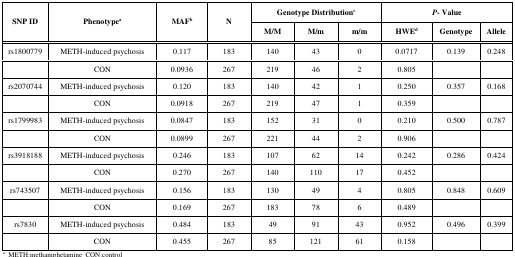
| <ROWSPAN=2> SNP ID | <ROWSPAN=2> Phenotypea | <ROWSPAN=2> MAFb | <ROWSPAN=2> N | <COLSPAN=3> Genotype Distributionc | <COLSPAN=3> P- Value |
 | M/M | M/m | m/m | HWEd | Genotype | Allele |
 | --- | --- | --- | --- | --- | --- | --- | --- | --- | --- |
 | rs1800779 | METH-induced psychosis | 0.117 | 183 | 140 | 43 | 0 | 0.0717 | 0.139 | 0.248 |
 |  | CON | 0.0936 | 267 | 219 | 46 | 2 | 0.805 |  |  |
 | rs2070744 | METH-induced psychosis | 0.120 | 183 | 140 | 42 | 1 | 0.250 | 0.357 | 0.168 |
 |  | CON | 0.0918 | 267 | 219 | 47 | 1 | 0.359 |  |  |
 | rs1799983 | METH-induced psychosis | 0.0847 | 183 | 152 | 31 | 0 | 0.210 | 0.500 | 0.787 |
 |  | CON | 0.0899 | 267 | 221 | 44 | 2 | 0.906 |  |  |
 | rs3918188 | METH-induced psychosis | 0.246 | 183 | 107 | 62 | 14 | 0.242 | 0.286 | 0.424 |
 |  | CON | 0.270 | 267 | 140 | 110 | 17 | 0.452 |  |  |
 | rs743507 | METH-induced psychosis | 0.156 | 183 | 130 | 49 | 4 | 0.805 | 0.848 | 0.609 |
 |  | CON | 0.169 | 267 | 183 | 78 | 6 | 0.489 |  |  |
 | rs7830 | METH-induced psychosis | 0.484 | 183 | 49 | 91 | 43 | 0.952 | 0.496 | 0.399 |
 |  | CON | 0.455 | 267 | 85 | 121 | 61 | 0.158 |  |  |